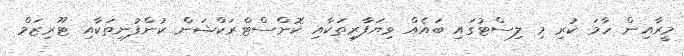
މީރާއިން ހާމަ ކުރި މި ލިސްޓުގައި ބައެއް ވިޔަފާރިތަކާއި ކޮންސްޓްރަކްޝަން ކުންފުނިތަކާއި ޓޫރިޒަމް